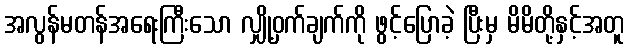
အလွန်မတန်အရေးကြီးသော လျှို့ဝှက်ချက်ကို ဖွင့်ပြောခဲ့ ပြီးမှ မိမိတို့နှင့်အတူ